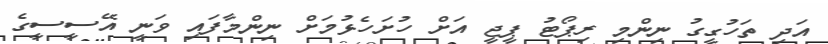
އަދި ތަހުގީގު ނިންމި ރިޕޯޓު ޕީޖީ އަށް ހުށަހެޅުމަށް ނިންމާފައި ވަނީ އޭސީސީގެ